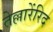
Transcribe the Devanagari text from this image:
तेल्लारेंरिद